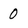
Character: 0